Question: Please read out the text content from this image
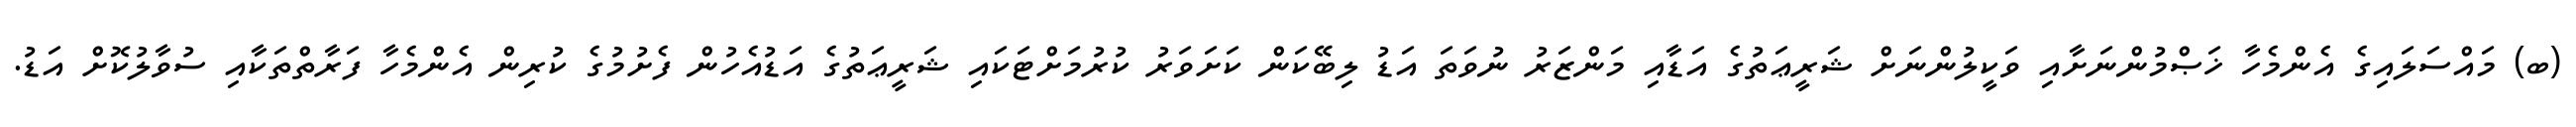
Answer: (ބ) މައްސަލައިގެ އެންމެހާ ޚަޞްމުންނަށާއި ވަކީލުންނަށް ޝަރީޢަތުގެ އަޑާއި މަންޒަރު ނުވަތަ އަޑު ލިބޭކަން ކަށަވަރު ކުރުމަށްޓަކައި ޝަރީޢަތުގެ އަޑުއެހުން ފެށުމުގެ ކުރިން އެންމެހާ ފަރާތްތަކާއި ސުވާލުކޮށް އަޑު.